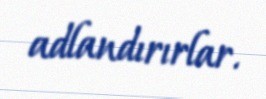
adlandırırlar.